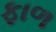
ફાળ